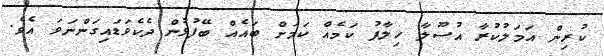
ކުރިން އަމަލުކުރާ އުސޫލާ ހިލާފު ކަމެއް ކަމަށް ބައެއް ބޭފުޅުން ދެކެވަޑައިގަންނަވަ އެވެ.